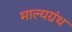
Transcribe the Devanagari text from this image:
माल्यग्रंथ